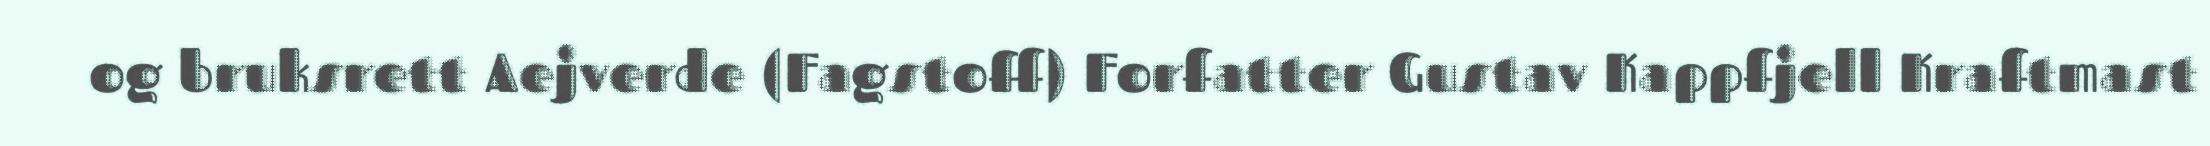
og bruksrett Aejverde (Fagstoff) Forfatter Gustav Kappfjell Kraftmast